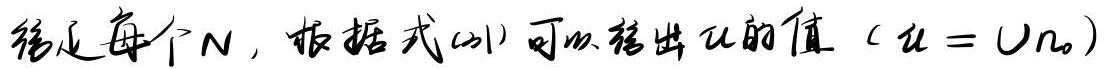
给定每个 $N$，根据式(21)可以得出 $\mathcal{U}$ 的值（$\mathcal{U} = \cup n_0$）